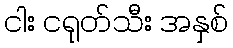
ငါး ငရုတ်သီး အနှစ်